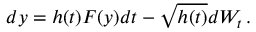
d y = h ( t ) F ( y ) d t - \sqrt { h ( t ) } d W _ { t } \, .